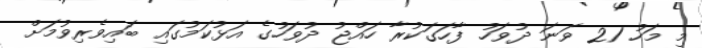
މި މަހު 21 ވަނަ ދުވަހު ފާހަގަކުރާ ހައްޖު ދުވަހުގެ އަޅުކަމުގައި ބައިވެރިވުމަށް